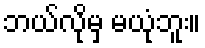
ဘယ်လိုမှ မယုံဘူး။